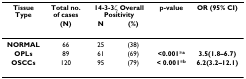
<table><thead><tr><td><b>Tissue Type</b></td><td><b>Total no. of cases</b></td><td colspan="2"><b>14-3-3ζ Overall Positivity</b></td><td><b>p-value</b></td><td><b>OR (95% CI)</b></td></tr><tr><td></td><td><b>(N)</b></td><td><b>N</b></td><td><b>(%)</b></td><td></td><td></td></tr></thead><tbody><tr><td><b>NORMAL</b></td><td>66</td><td>25</td><td>(38)</td><td></td><td></td></tr><tr><td><b>OPLs</b></td><td>89</td><td>61</td><td>(69)</td><td><b>&lt;0.001</b>*<sup><b>a</b></sup></td><td><b>3.5(1.8–6.7)</b></td></tr><tr><td><b>OSCCs</b></td><td>120</td><td>95</td><td>(79)</td><td><b>&lt; 0.001</b>*<sup><b>b</b></sup></td><td><b>6.2(3.2–12.1)</b></td></tr></tbody></table>